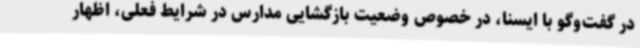
در گفت‌وگو با ایسنا، در خصوص وضعیت بازگشایی مدارس در شرایط فعلی، اظهار